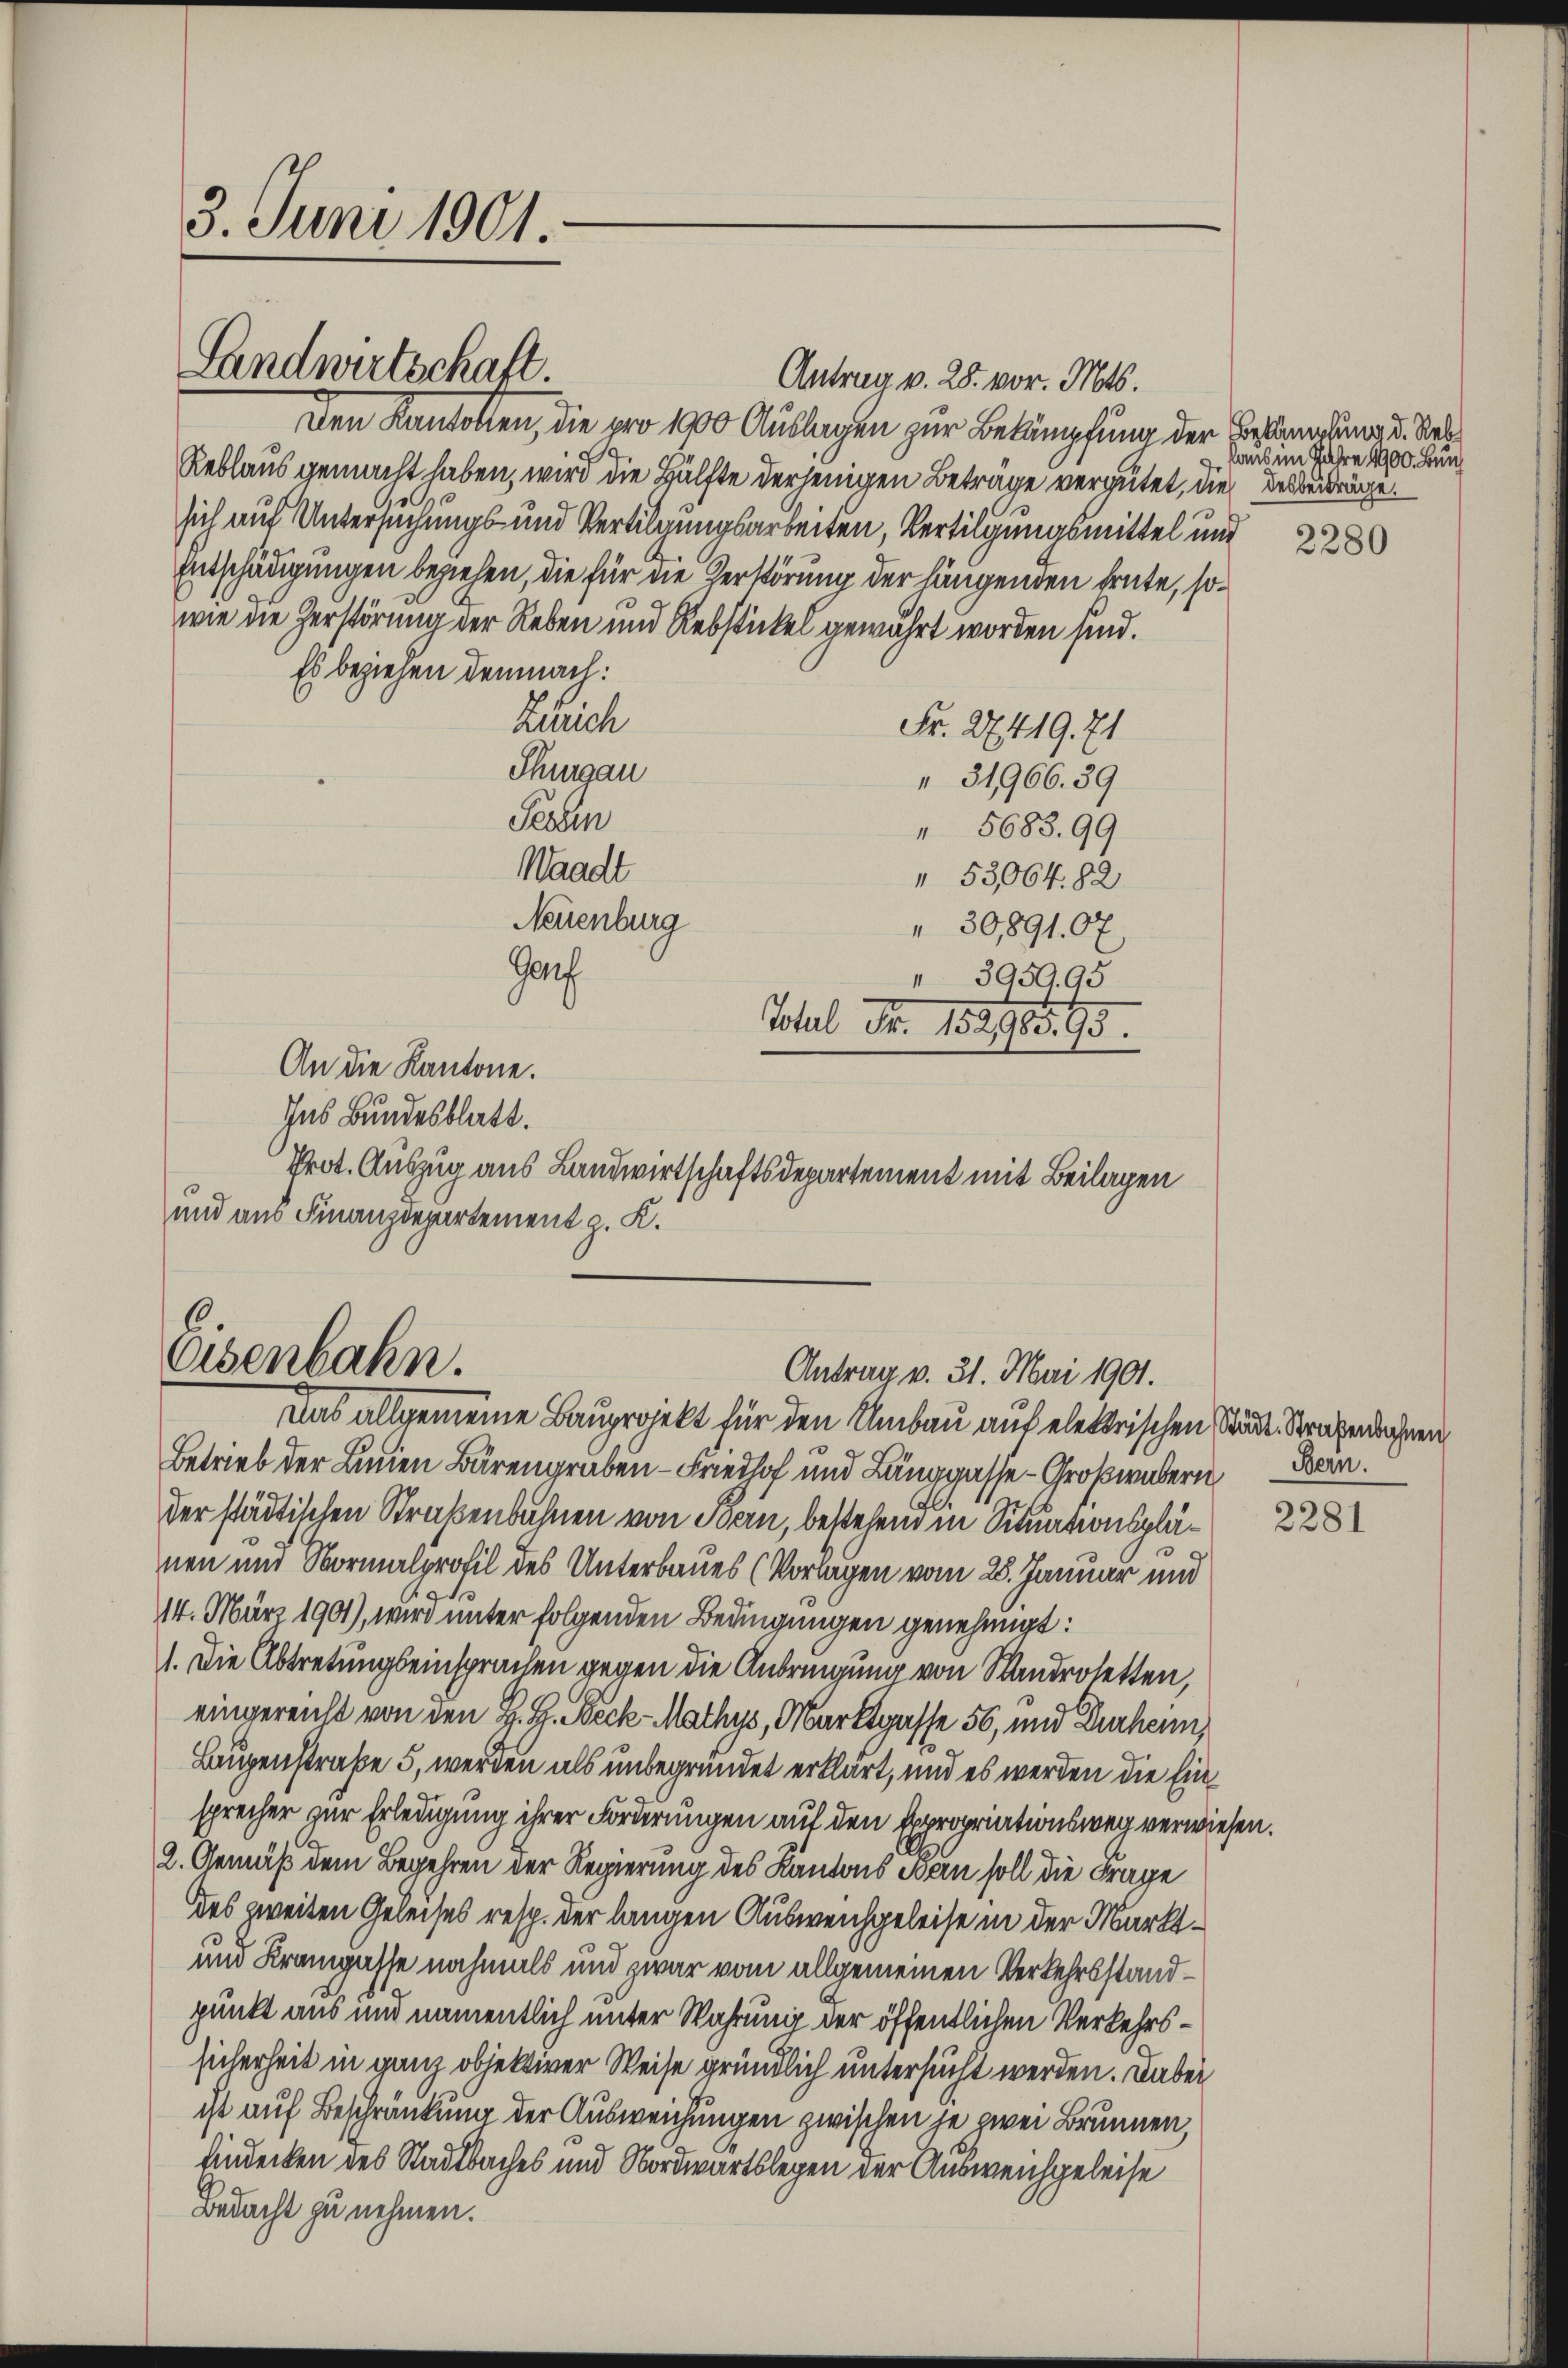
3. Juni 1901.

Landwirtschaft.

Antrag v. 25. vor. Mts.
Den Kantonen, die pro 1900 Auslagen zur Bekämpfung der Behandlung d. Sat
Reblaus gemacht haben, wird die Hälfte derjenigen Beträge vergütet, die des Beiträge.
sich auf Untersuchungs- und Vertilgungsarbeiten, Vertilgungsmittel und
Entschädigungen beziehen, die für die Zerstörung der längenden heute, sowie die Zerstörung der Reben und Rebstickel gewährt worden sind.
Es beziehen demnach:
Zürich
Fr. 27419. 71
Thurgau
31966. 39
Sessen
 5683. 99
Waadt
 53064. 82.
Neuenburg
 30,8910 x
Garf
 393995
Total Fr. 152185. 95.

An die Kantone.
Ins Bundesblatt.
Prot. Auszug aus Landwirtschaftsdepartement mit Beilagen
und aus Finanzdepartement z. K.

6.
Osenbahn.

Antrag v. 31. Mai 1901.

laus im Jahre 1900. Bun¬
2280

Das allgemeine Bauprojekt für den Umbau auf elektrischen Städt. Strafenbahnen
Betrieb der Linien Bärengraben - Freihof und Langgasse - Großwebern Bern.
der städtischen Straßenbahnen von Bern, bestehend in Situationsplänen und Normalprofil des Unterbaues (Vorlagen vom 28. Januar und
114. März 1901), wird unter folgenden Bedingungen genehmigt:
). Die Abtretungseinsprachen gegen die Anbringung von Standoletten,
eingereicht von den H. H. Beck-Mathys, Marktgasse 56, und Zurkenn
Laupenstraße 5, werden als unbegründet erklärt, und es werden die Einsprecher zur Erledigung ihrer Forderungen auf den Expropriationsweg verwiesen.
2. Gemäß dem Begehren der Regierung des Kantons Bern soll die Frage
des zweiten Geleises resp. der langen Ausweichgeleise in der Markt¬
und Krampasse nochmals und zwar vom allgemeinen Verkehrsstandpunkt aus und namentlich unter Wahrung der öffentlichen Verkehrssicherheit in ganz objektiver Weise gründlich untersucht werden. Dabei
ist auf Beschränkung der Ausweichungen zwischen je zwei Brunnen,
hindecken des Stadtbaches und Nordwärtslegen der Ausweichgeleise
Bedacht zu nehmen.

2281